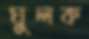
ঘুলক